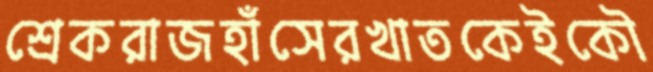
শ্রেকরাজহাঁসেরখাতকেইকৌ